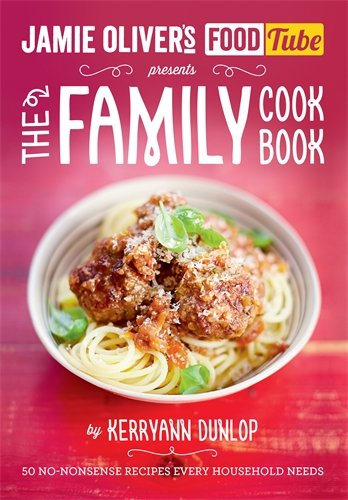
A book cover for The Jamie's Food Tube the Family Cookbook: 50 No-nonsense Recipes Every Household Needs; Kerryann Dunlop; Cookbooks, Food & Wine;